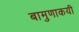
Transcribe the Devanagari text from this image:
बामुणाकयी